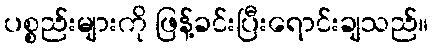
ပစ္စည်းများကို ဖြန့်ခင်းပြီးရောင်းချသည်။